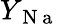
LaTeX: Y_{\mathrm{~N~a~}}